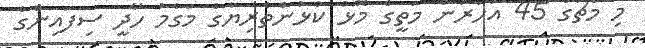
މި މެޗުގެ 45 އަހަރުން މަތީގެ މޮޅު ކުޅުންތެރިޔާގެ މަގާމު ހޯދީ ސިފައިންގެ